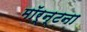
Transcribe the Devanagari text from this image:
मॉर्न्टना